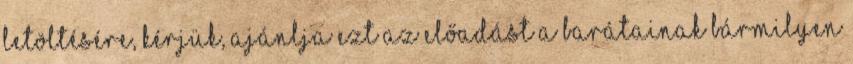
letöltésére, kérjük, ajánlja ezt az előadást a barátainak bármilyen